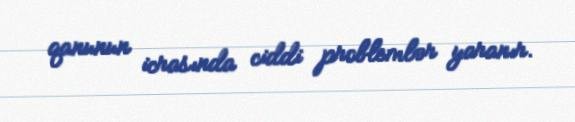
qanunun icrasında ciddi problemlər yaranır.